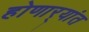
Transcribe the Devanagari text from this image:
होणार्‍यांत